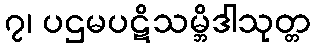
၇၊ ပဌမပဋိသမ္ဘိဒါသုတ္တ